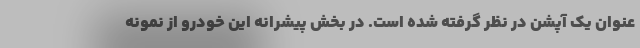
عنوان یک آپشن در نظر گرفته شده است. در بخش پیشرانه این خودرو از نمونه